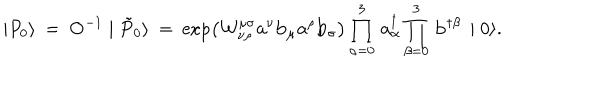
\mid { P } _ { 0 } \rangle \: = \: { \mathbf O ^ { - 1 } } \mid \tilde { P } _ { 0 } \rangle \: = \: \exp \left( { \cal W } _ { \nu \rho } ^ { \mu \sigma } { \mathbf a } ^ { \nu } { \mathbf b } _ { \mu } { \mathbf a } ^ { \rho } { \mathbf b } _ { \sigma } \right) \prod _ { \alpha = 0 } ^ { 3 } \, { \mathbf a } _ { \alpha } ^ { \dagger } \prod _ { \beta = 0 } ^ { 3 } \, { \mathbf b } ^ { \dagger \beta } \, \mid 0 \rangle .